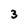
Character: 3